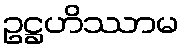
ဥဋ္ဌဟိဿာမ